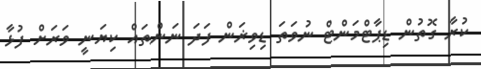
ކުރާ ގޮތުން ޑިޕާޓްމަންޓް ނުވަތަ ޑިވިޜަން ފަދަ ނަންތައް ކިޔަނީ ވަރަށް ފުޅާ